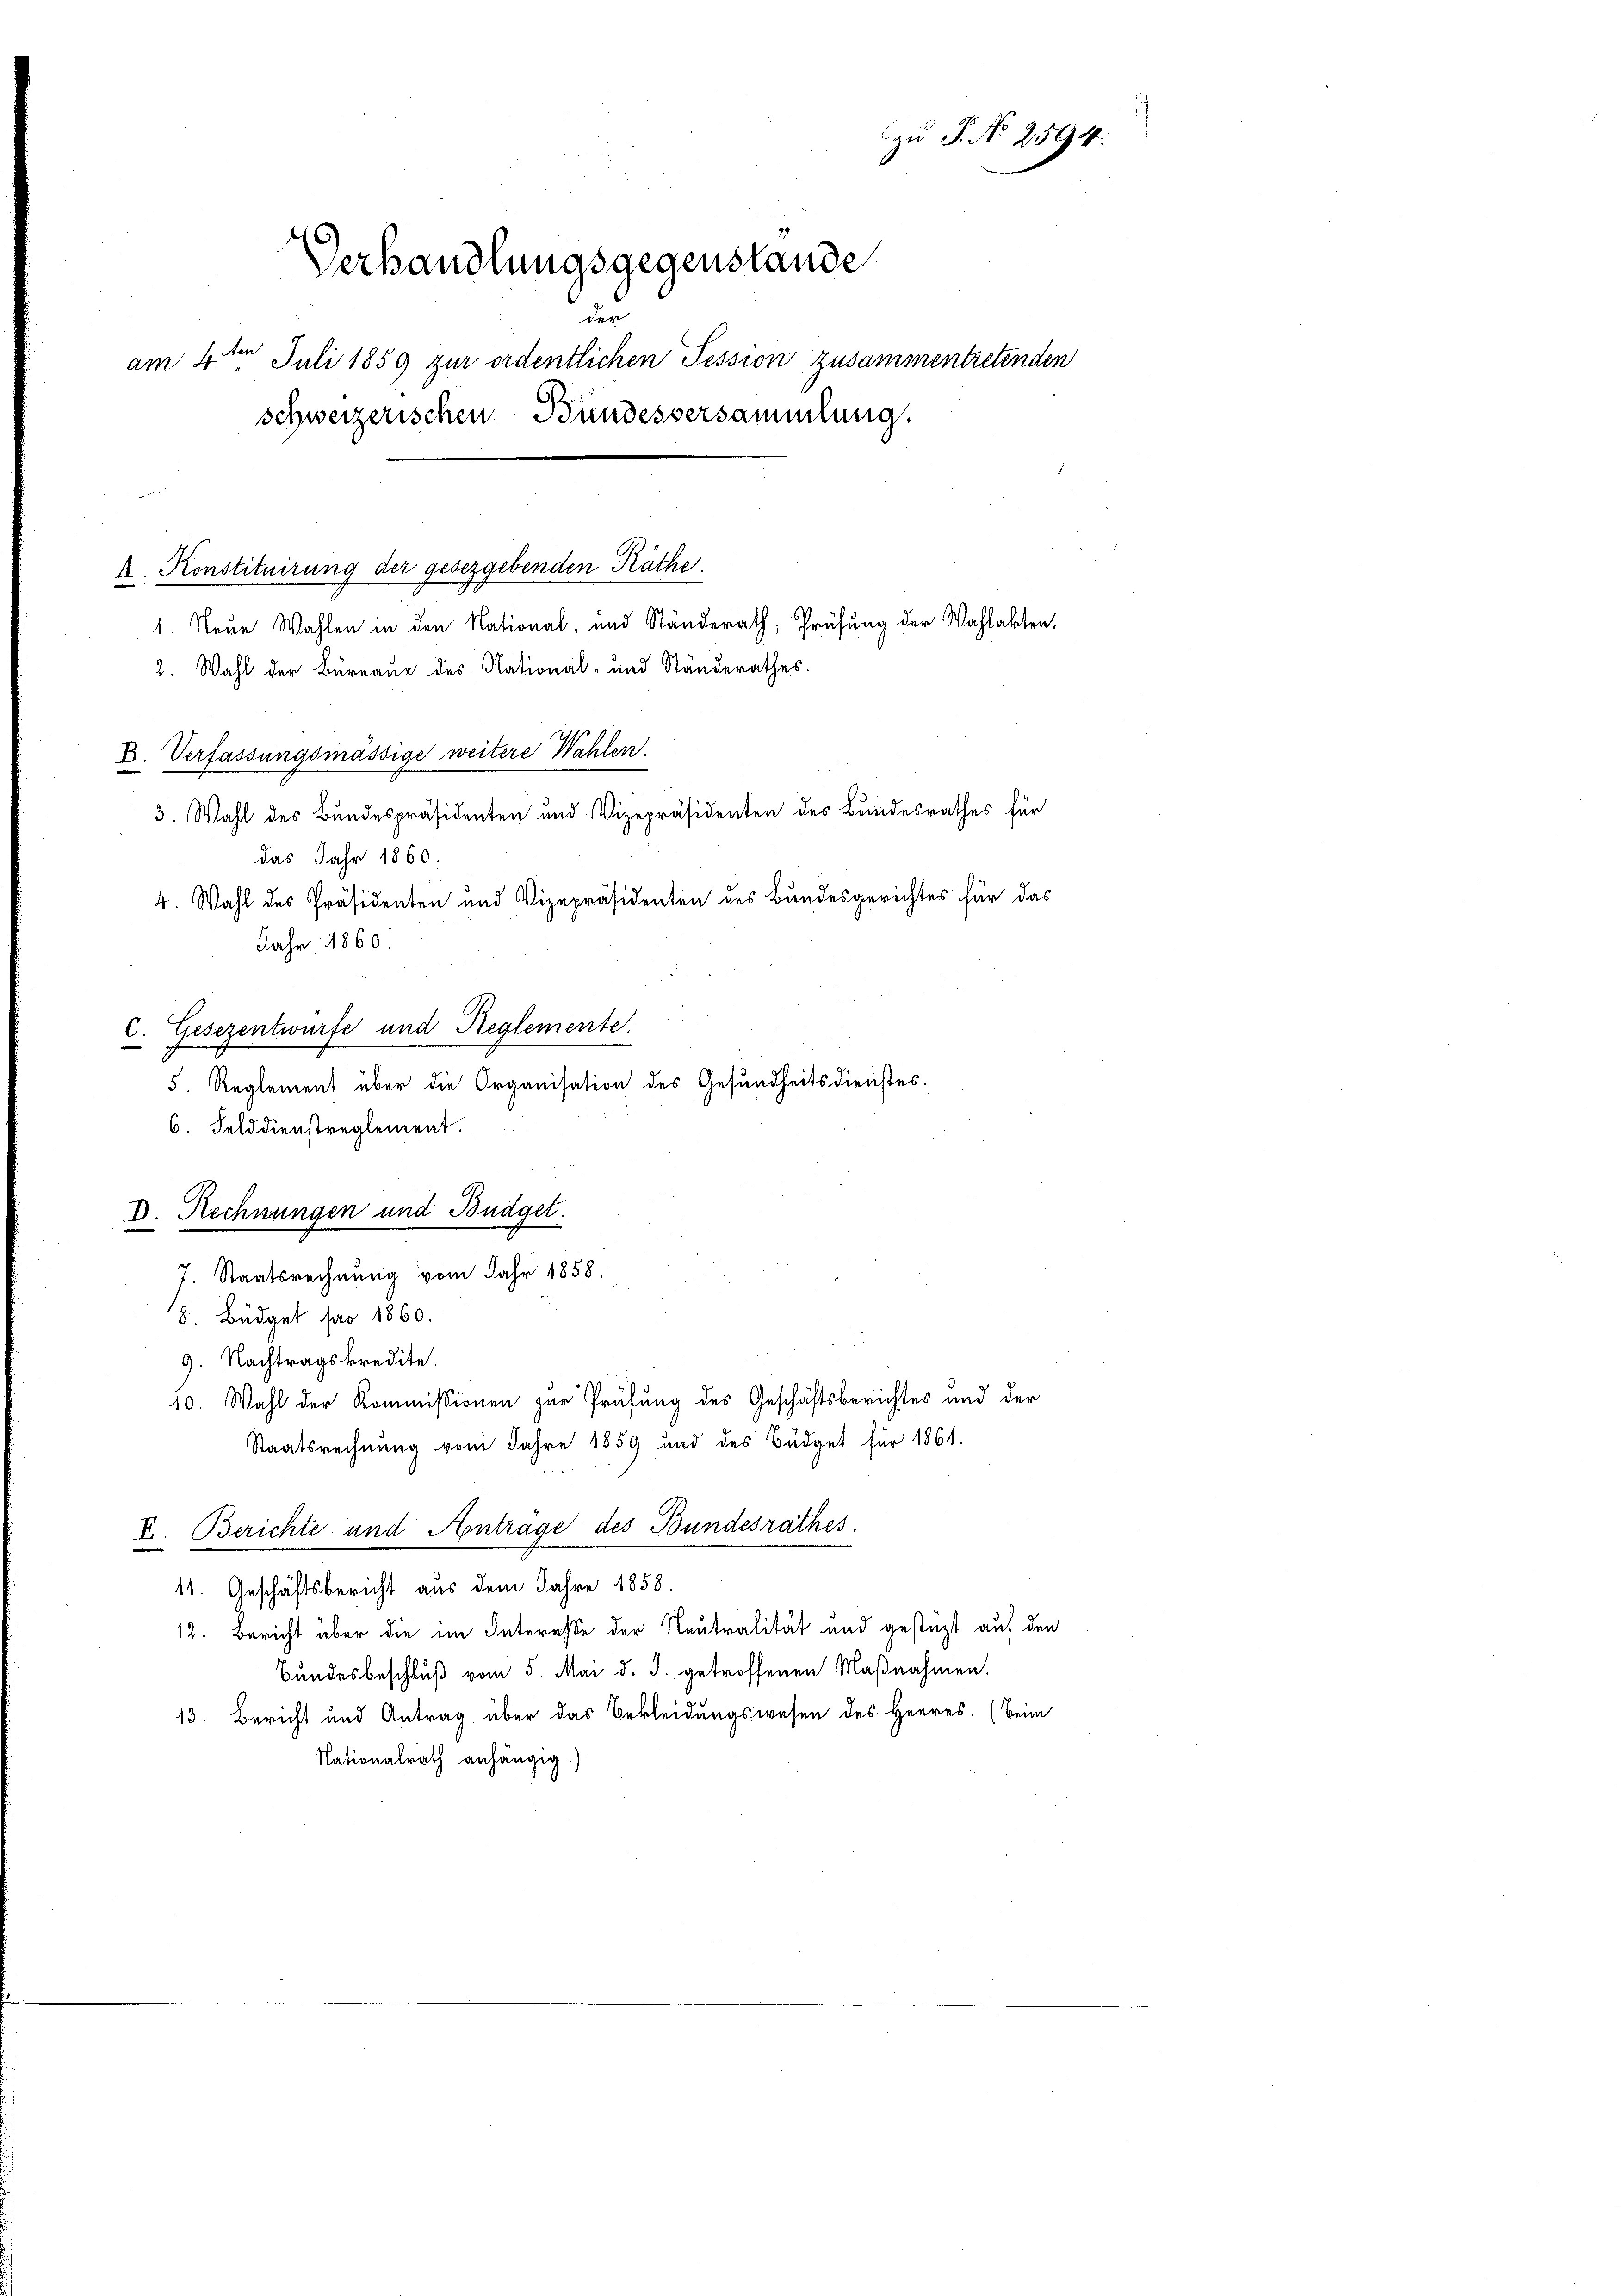
k. Konstituirung der gesezgebenden Räthe.
1. Neue Wahlen in den National- und Ständerath, Prüfung der Wahlakten.
2. Wahl der Büreaux des National- und Ständerathes.
27
E. Verfassungsmässige weitere Wahlen.
3. Wahl des Bundespräsidenten und Vizepräsidenten des Bundesrathes für
das Jahr 1860.
4. Wahl des Präsidenten und Vizepräsidenten des Bundesgerichtes für das
Jahr 1860.
Gesezentwurfe und Reglemente.
.
5. Reglement über die Organisation des Gesundheitsdienstes.
6. Felddienstreglement.
D. Rechnungen und Budget.
J. Staatsrechnung vom Jahr 1858.
8. Büdget pro 1860.
9. Nachtragskredite.
10. Wahl der Kommissionen zur Prüfung des Geschäftsberichtes und der
Staatsrechnung vom Jahre 1859 und des Büdget für 1861.
V. Berichte und Antrage des Bundesrathes.
11. Geschäftsbericht aus dem Jahre 1858.
12. Bericht über die im Interesse der Reutralität und gesteht auf den
Bundesbeschluß vom 5. Mai d. J. getroffenen Maßnahmen.
13. Bericht und Antrag über das Bekleidungswesen des Herres. (Beim
Nationalrath anhängig.)

zu P. N. 2594.
Verhandlungsgegenstande
un
ben
am 4. Juli 1859 zur ordentlichen Tession zusammentretenden
schweizerischen Bundesversammlung.